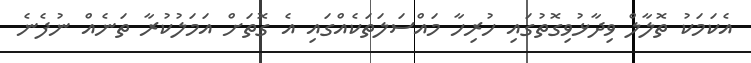
އެކަމަކު ތޮލާލް ވިދާޅުވިގޮތުގައި ހުރިހާ މައްސަލަތަކެއްގައި އެ ގޮތަށް އަމަލުކުރާ ތަނެއް ނުފެނެ